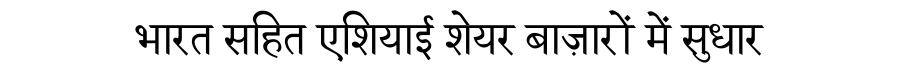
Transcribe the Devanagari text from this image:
भारत सहित एशियाई शेयर बाज़ारों में सुधार